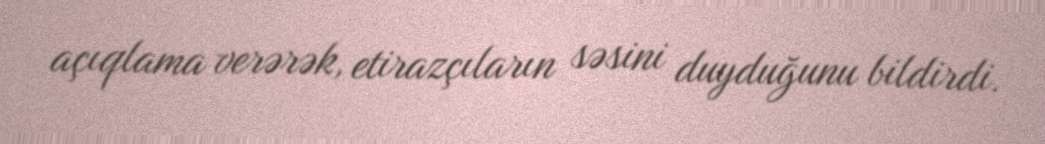
açıqlama verərək, etirazçıların səsini duyduğunu bildirdi.